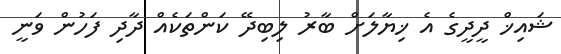
ޝައިޚް ދީދީގެ އެ ޚިޔާލަށް ބާރު ލިބިދޭ ކަންތަކެއް ދާދި ފަހުން ވަނީ